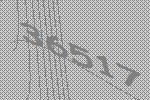
36517